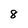
Character: 8